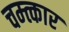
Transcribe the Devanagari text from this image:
चम्त्कार